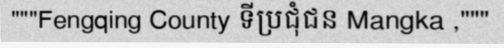
"""Fengqing County ទីប្រជុំជន Mangka ,"""